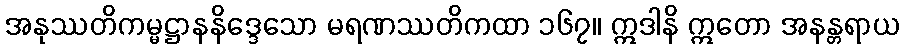
အနုဿတိကမ္မဋ္ဌာနနိဒ္ဒေသော မရဏဿတိကထာ ၁၆၇။ ဣဒါနိ ဣတော အနန္တရာယ